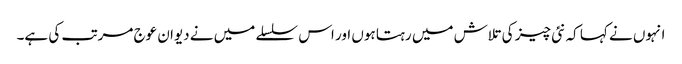
انہوں نے کہا کہ نئی چیز کی تلاش میں رہتا ہوں اور اس سلسلے میں نے دیوان عوج مرتب کی ہے۔